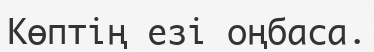
Көптің езі оңбаса.